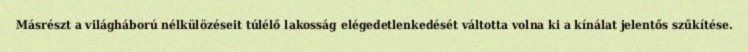
Másrészt a világháború nélkülözéseit túlélő lakosság elégedetlenkedését váltotta volna ki a kínálat jelentős szűkítése.